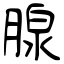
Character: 腺